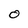
Character: 0